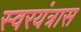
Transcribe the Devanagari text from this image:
स्वरयंत्रास